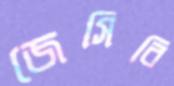
জেসিবি